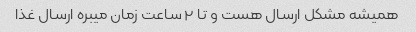
همیشه مشکل ارسال هست و تا ٢ ساعت زمان میبره ارسال غذا